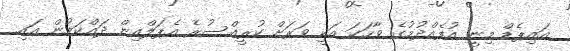
އައިޕެޑް މިނީ އުފެއްދުމުގެ ވާހަކަ އަކީ ވަރަށް ކުރީއްސުރެ އެޕަލްއިން ދައްކަމުން އައި